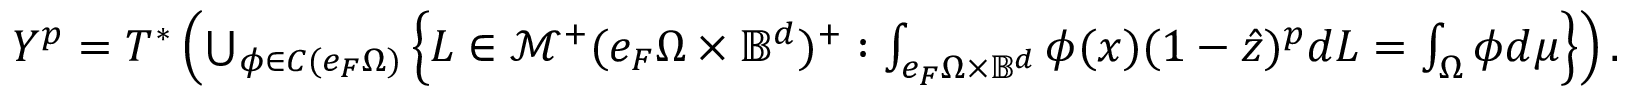
\begin{array} { r } { Y ^ { p } = T ^ { * } \left( \bigcup _ { \phi \in C ( e _ { F } \Omega ) } \left\{ L \in \mathcal { M } ^ { + } ( e _ { F } \Omega \times \mathbb { B } ^ { d } ) ^ { + } : \int _ { e _ { F } \Omega \times \mathbb { B } ^ { d } } \phi ( x ) ( 1 - \hat { z } ) ^ { p } d L = \int _ { \Omega } \phi d \mu \right\} \right) . } \end{array}